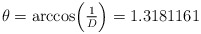
\begin{align*}\theta = \arccos \Bigl({\textstyle {1\over D}}\Bigr) = 1.3181161\end{align*}